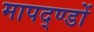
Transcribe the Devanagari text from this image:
मापद्ण्डों